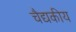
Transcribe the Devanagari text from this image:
चैद्यकीय